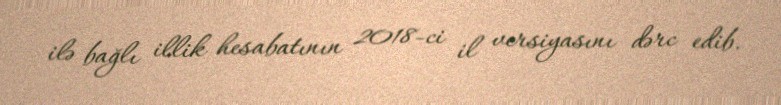
ilə bağlı illik hesabatının 2018-ci il versiyasını dərc edib.